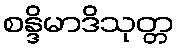
စန္ဒိမာဒိသုတ္တ